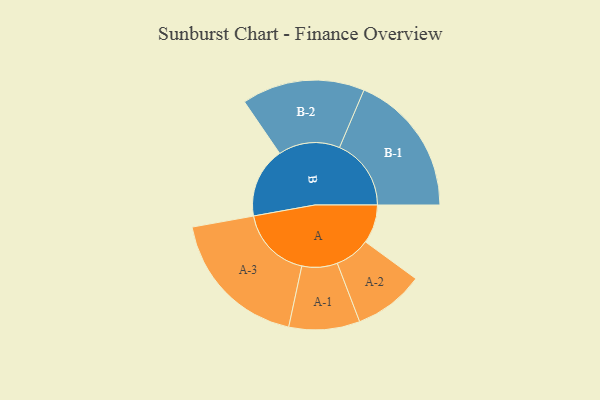
{"axis": {"x": "Segment", "y": "Value"}, "legend": ["", "A", "B"], "data": [{"x": "A", "y": 156, "type": ""}, {"x": "B", "y": 284, "type": ""}, {"x": "A-1", "y": 143, "type": "A"}, {"x": "A-2", "y": 142, "type": "A"}, {"x": "A-3", "y": 292, "type": "A"}, {"x": "B-1", "y": 289, "type": "B"}, {"x": "B-2", "y": 248, "type": "B"}]}